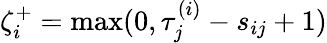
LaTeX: \zeta_{i}^{+}=\operatorname*{max}(0,\tau_{j}^{(i)}-s_{ij}+1)